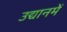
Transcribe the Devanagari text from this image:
उद्यानमें